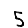
Digit: 5